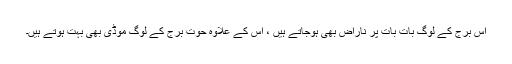
اس برج کے لوگ بات بات پر ناراض بھی ہوجاتے ہیں ، اس کے علاوہ حوت برج کے لوگ موڈی بھی بہت ہوتے ہیں۔